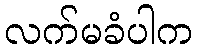
လက်မခံပါက